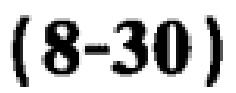
\((8 - 30)\)